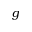
g